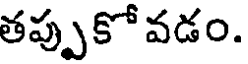
తప్పుకో వడం.